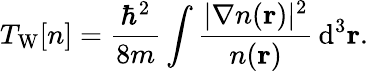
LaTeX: T_{\mathrm{W}}[n]={\frac{\hbar^{2}}{8m}}\int{\frac{|\nabla n(\mathbf{r})|^{2}}{n(\mathbf{r})}}\, \mathrm{d}^{3}\mathbf{r}.